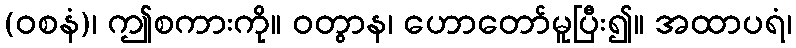
(ဝစနံ)၊ ဤစကားကို။ ဝတွာန၊ ဟောတော်မူပြီး၍။ အထာပရံ၊